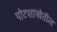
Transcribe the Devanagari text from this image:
पोटशाखेतील